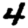
Digit: 4